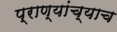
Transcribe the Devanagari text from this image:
प्राण्यांच्याच